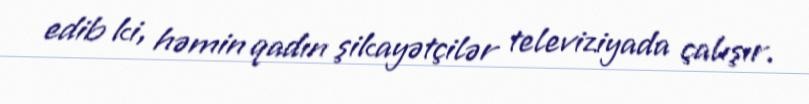
edib ki, həmin qadın şikayətçilər televiziyada çalışır.